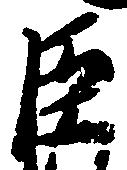
臣